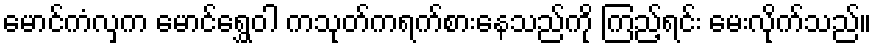
မောင်ကံလှက မောင်ရွှေဝါ ကသုတ်ကရက်စားနေသည်ကို ကြည့်ရင်း မေးလိုက်သည်။